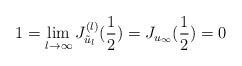
LaTeX: \begin{align*}1=\lim_{l\rightarrow \infty} J_{\tilde{u}_l}^{(l)}(\frac{1}{2})= J_{u_{\infty}}(\frac{1}{2})= 0 \end{align*}